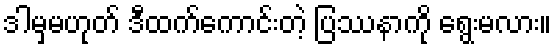
ဒါမှမဟုတ် ဒီထက်ကောင်းတဲ့ ပြဿနာကို ရွေးမလား။